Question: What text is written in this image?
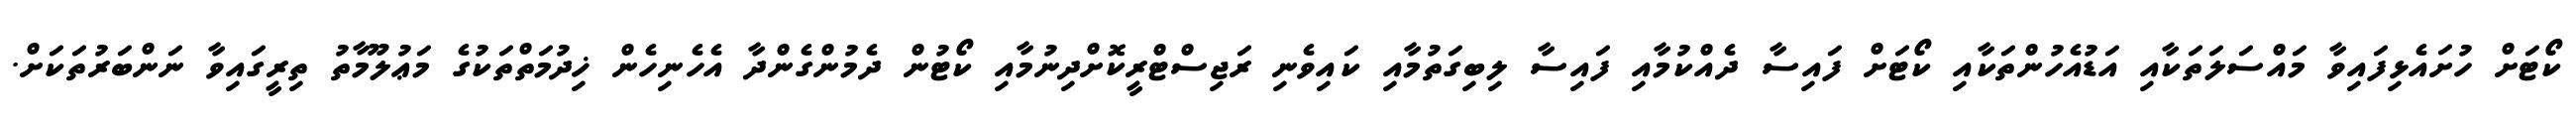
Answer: ކޯޓަށް ހުށައެޅިފައިވާ މައްސަލަތަކާއި އަޑުއެހުންތަކާއި ކޯޓަށް ފައިސާ ދެއްކުމާއި ފައިސާ ލިބިގަތުމާއި ކައިވެނި ރަޖިސްޓްރީކޮށްދިނުމާއި ކޯޓުން ދެމުންގެންދާ އެހެނިހެން ޚިދުމަތްތަކުގެ މަޢުލޫމާތު ތިރީގައިވާ ނަންބަރުތަކަށް.